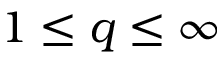
1 \leq q \leq \infty